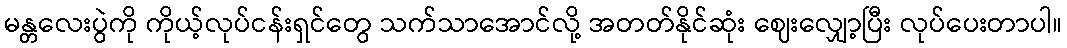
မန္တလေးပွဲကို ကိုယ့်လုပ်ငန်းရှင်တွေ သက်သာအောင်လို့ အတတ်နိုင်ဆုံး ဈေးလျှော့ပြီး လုပ်ပေးတာပါ။